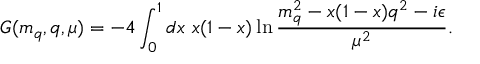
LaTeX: G ( m _ { q } , q , \mu ) = - 4 \int _ { 0 } ^ { 1 } d x ~ x ( 1 - x ) \ln \frac { m _ { q } ^ { 2 } - x ( 1 - x ) q ^ { 2 } - i \epsilon } { \mu ^ { 2 } } .